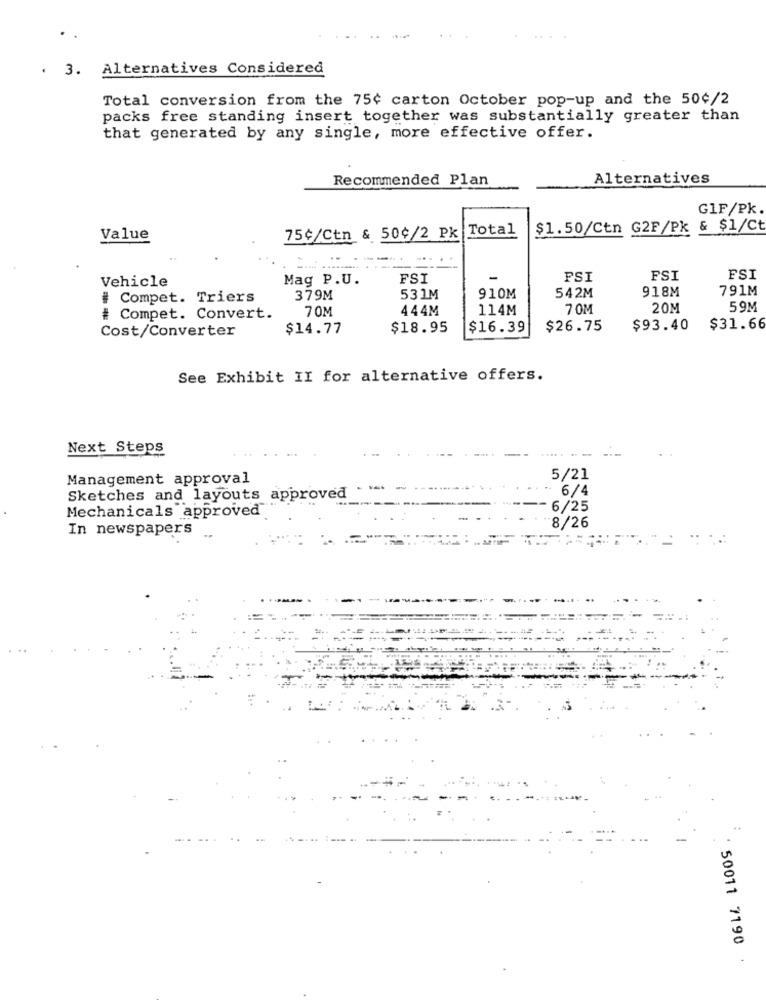
. 3. Alternatives Considered
Total conversion from the 75¢ carton October pop-up and the 50¢/2
packs free standing insert together was substantially greater than
that generated by any single, more effective offer.
Recommended Plan
Alternatives
G1F/Pk.
75¢/Ctn & 50¢/2 Pk Total
$1.50/Ctn G2F/PK & $1/Ct
Value
..
Vehicle
Mag P.U.
FSI
PSI
FSI
FSI
918M
791M
# Compet. Triers
379M
531M
910M
542M
70M
444M
114M
7 0M
20M
59M
# Compet. Convert.
Cost/Converter
$14.77
$18.95
$16.39
$26.75
$93.40
$31.66
See Exhibit II for alternative offers.
Next Steps
Management approval
5/21
.. 6/4
Sketches and layouts approved
Mechanicals approved
6/25
In newspapers
8/26
50011 7190